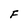
Character: F